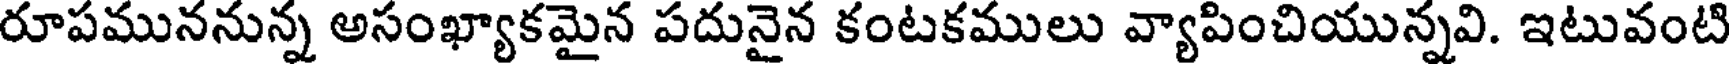
రూపముననున్న అసంఖ్యాకమైన పదునైన కంటకములు వ్యాపించియున్నవి. ఇటువంటి